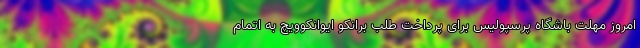
امروز مهلت باشگاه پرسپولیس برای پرداخت طلب برانکو ایوانکوویچ به اتمام